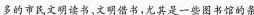
多的市民文明读书，文明借书，尤其是一些图书馆的条